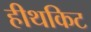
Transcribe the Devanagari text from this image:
हीथकिट